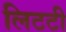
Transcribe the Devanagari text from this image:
लिटटी